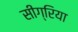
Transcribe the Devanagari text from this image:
सीग्रिया